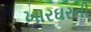
ખારઘરની